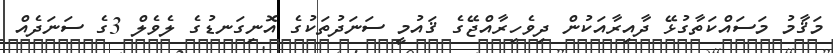
މަޤާމު މަސައްކަތާގުޅޭ ދާއިރާއަކުން ދިވެހިރާއްޖޭގެ ޤައުމީ ސަނަދުތަކުގެ އޮނިގަނޑުގެ ލެވެލް 3ގެ ސަނަދެއް